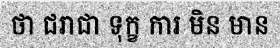
ថា ជរាជា ទុក្ខ ការ មិន មាន